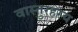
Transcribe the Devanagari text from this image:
वास्तुरहस्य